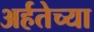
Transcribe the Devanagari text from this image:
अर्हतेच्या